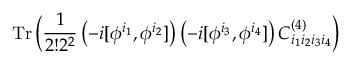
\mathrm { T r } \, \Big ( { \frac { 1 } { 2 ! 2 ^ { 2 } } } \left( - i [ \phi ^ { i _ { 1 } } , \phi ^ { i _ { 2 } } ] \right) \left( - i [ \phi ^ { i _ { 3 } } , \phi ^ { i _ { 4 } } ] \right) C _ { i _ { 1 } i _ { 2 } i _ { 3 } i _ { 4 } } ^ { ( 4 ) } \Big )